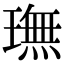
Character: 璑